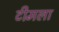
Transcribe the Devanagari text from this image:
टीमला